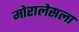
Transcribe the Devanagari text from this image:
मोरालेसला